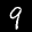
Label: 9